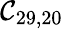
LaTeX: \mathcal{C}_{29,20}